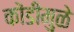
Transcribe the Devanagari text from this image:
कोंडीमुळे